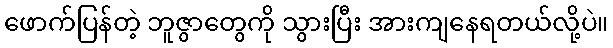
ဖောက်ပြန်တဲ့ ဘူဇွာတွေကို သွားပြီး အားကျနေရတယ်လို့ပဲ။